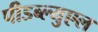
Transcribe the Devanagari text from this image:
पीडब्ल्युएल